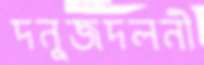
দনুজদলনী